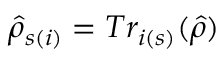
\hat { \rho } _ { s ( i ) } = T r _ { i ( s ) } ( \hat { \rho } )